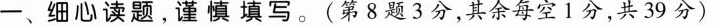
一、细心读题。谨慎填写。(第8题3分，其余每空1分，共39分)